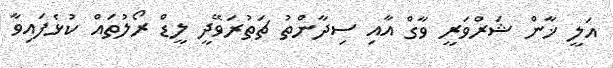
އަލީ ޚާން ޝަރްވަރީ ވާގް އާއި ސިދާންތު ޗަތުރަވޭދީ ލީޑް ރޯލުތައް ކުޅެފައިވާ